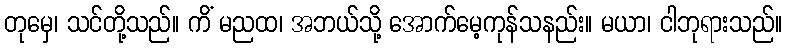
တုမှေ၊ သင်တို့သည်။ ကိံ မညထ၊ အဘယ်သို့ အောက်မေ့ကုန်သနည်း။ မယာ၊ ငါဘုရားသည်။